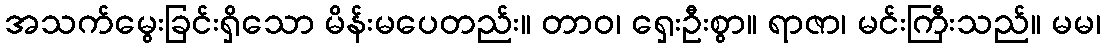
အသက်မွေးခြင်းရှိသော မိန်းမပေတည်း။ တာဝ၊ ရှေးဦးစွာ။ ရာဇာ၊ မင်းကြီးသည်။ မမ၊